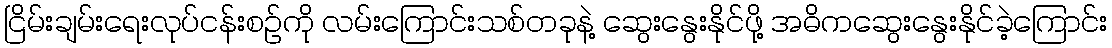
ငြိမ်းချမ်းရေးလုပ်ငန်းစဉ်ကို လမ်းကြောင်းသစ်တခုနဲ့ ဆွေးနွေးနိုင်ဖို့ အဓိကဆွေးနွေးနိုင်ခဲ့ကြောင်း